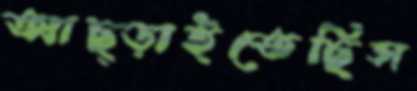
আছ্‌ড়াইতেছিস